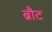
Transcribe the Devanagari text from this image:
ब्रौट